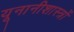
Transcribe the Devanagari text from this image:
यूनानीशास्त्रों